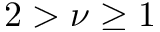
2 > \nu \geq 1